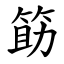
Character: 筯